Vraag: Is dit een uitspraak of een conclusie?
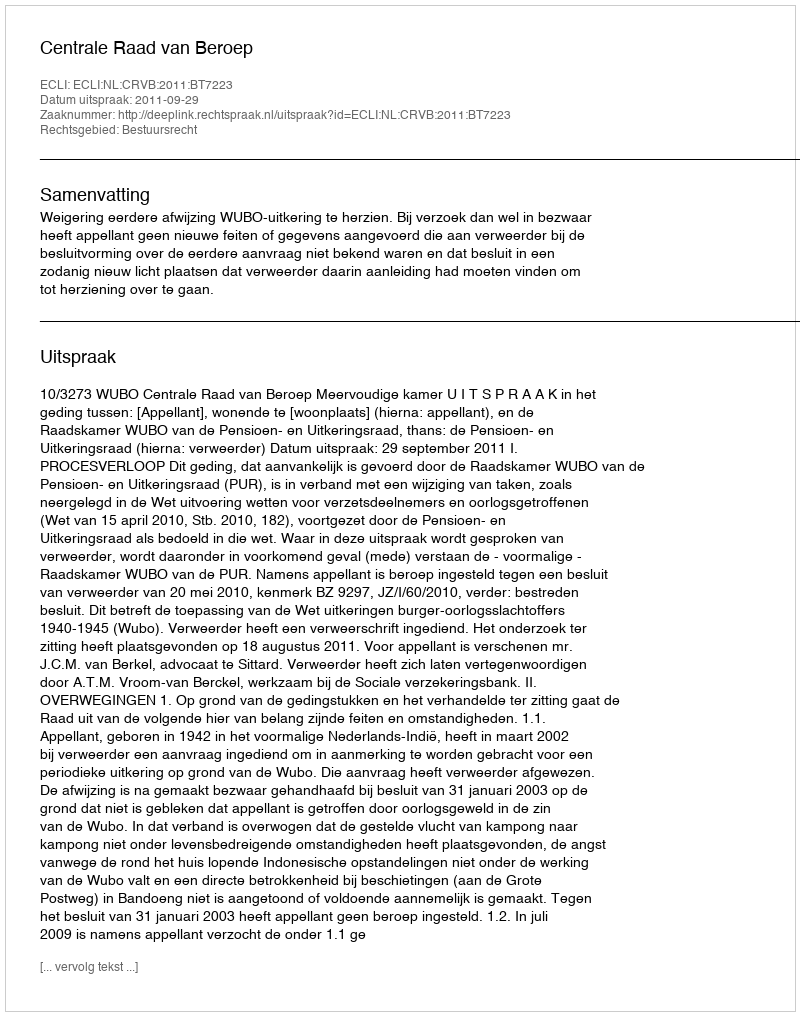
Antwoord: Uitspraak